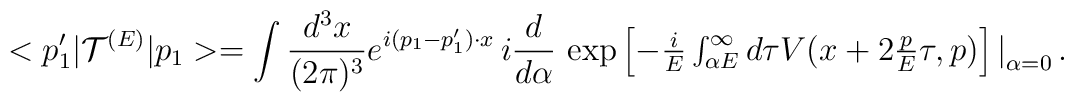
<p_1'|{\cal T}^{(E)}|p_1> = \int\frac{d^3x}{(2\pi)^3}e^{i(p_1 - p_1') \cdot x} \,i\frac{d}{d\alpha} \, \exp \left[-\textstyle{\frac{i}{E}}\int_{\alpha E}^{\infty}d\tau V(x+2\textstyle{\frac{p}{E}}\tau,p)\right]\big|_{\alpha = 0} \, .